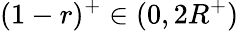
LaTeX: (1-r)^{+}\in(0,2R^{+})